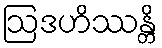
ဩဒဟိဿန္တိ